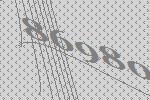
86980